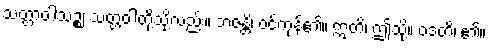
သတ္တာဝါသဉ္စ၊ သတ္တဝါတို့သို့လည်း။ ဘဇန္တိ၊ ဝင်ကုန်၏။ ဣတိ၊ ဤသို့။ ဝဒတိ၊ ၏။